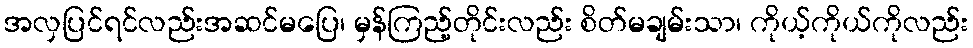
အလှပြင်ရင်လည်းအဆင်မပြေ၊ မှန်ကြည့်တိုင်းလည်း စိတ်မချမ်းသာ၊ ကိုယ့်ကိုယ်ကိုလည်း